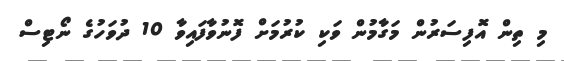
މި ތިން އޮފިސަރުން މަގާމުން ވަކި ކުރުމަށް ފޮނުވާފައިވާ 10 ދުވަހުގެ ނޯޓިސް